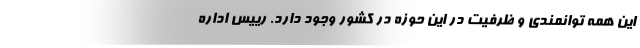
این همه توانمندی و ظرفیت در این حوزه در کشور وجود دارد. رییس اداره